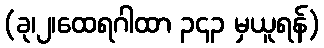
(ခု၊၂၊ထေရဂါထာ ၃၄၃ မှယူရန်)